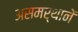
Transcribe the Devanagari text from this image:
असमर्थानें